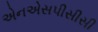
એનએસપીસીસી